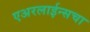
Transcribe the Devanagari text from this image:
एअरलाईन्सचा